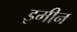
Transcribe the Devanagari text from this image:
इमीन